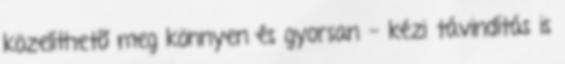
közelíthetõ meg könnyen és gyorsan - kézi távindítás is